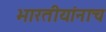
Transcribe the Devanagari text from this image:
भारतीयांनाच